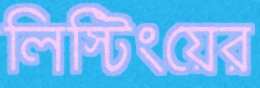
লিস্টিংয়ের